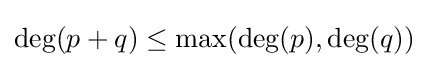
\deg(p+q)\leq \max(\deg(p),\deg(q))